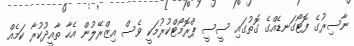
ނާސިރުގެ ފޮޓޯގަނޑެއްގެ ގޮތުގައި ސީސީ ޕްރޮމޯޓްކުރުމަކީ ވެސް އިޒްރޭލުން އެހާ ތާއީދުކުރާ ކަމެއް